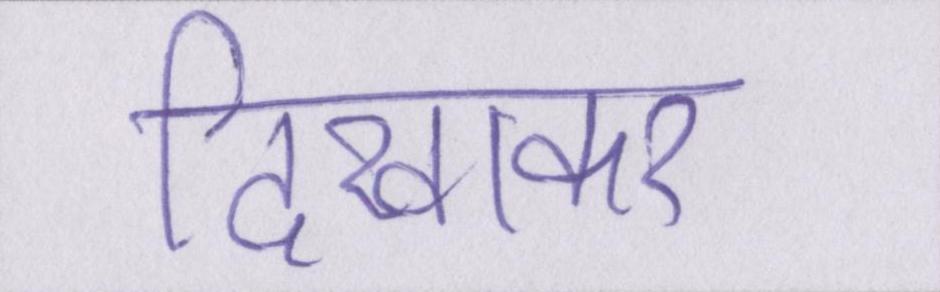
दिखाकर